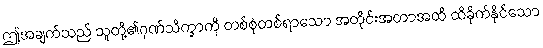
ဤအချက်သည် သူတို့၏ဂုဏ်သိက္ခာကို တစ်စုံတစ်ရာသော အတိုင်းအတာအထိ ထိခိုက်နိုင်သော